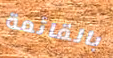
بالقائمة